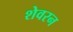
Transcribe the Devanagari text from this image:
शेवरन